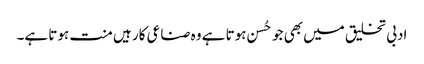
ادبی تخلیق میں بھی جو حُسن ہوتا ہے وہ صناعی کار ہیں منت ہوتا ہے۔